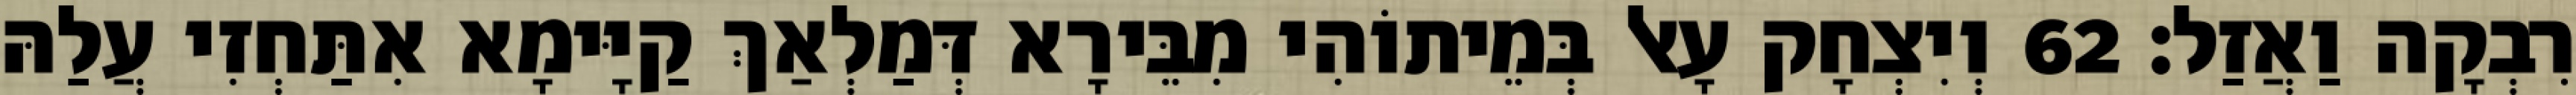
רִבְקָה וַאֲזַל׃ 62 וְיִצְחָק עָאל בְּמֵיתוֹהִי מִבֵּירָא דְּמַלְאַךְ קַיָּימָא אִתַּחְזִי עֲלַהּ